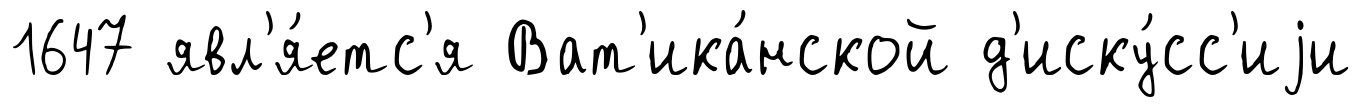
1647 явл'я́етс'я Ват'ика́нской д'иску́сс'иjи